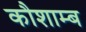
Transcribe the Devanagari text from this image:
कौशाम्ब